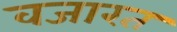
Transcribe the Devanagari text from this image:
वजारत